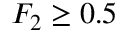
F _ { 2 } \geq 0 . 5